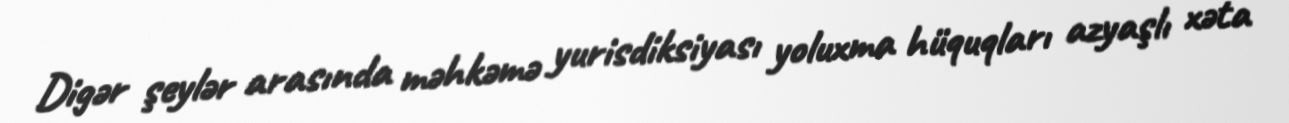
Digər şeylər arasında məhkəmə yurisdiksiyası yoluxma hüquqları azyaşlı xəta